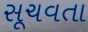
સૂચવતા